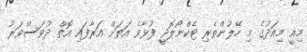
މިއީ މިއަދުގެ މި ހޭލުންތެރި ޓެކްނޯލޮޖީ ފުޅާވެ އަތަށް އަރާފައި އޮތް ދުވަސްވަރު